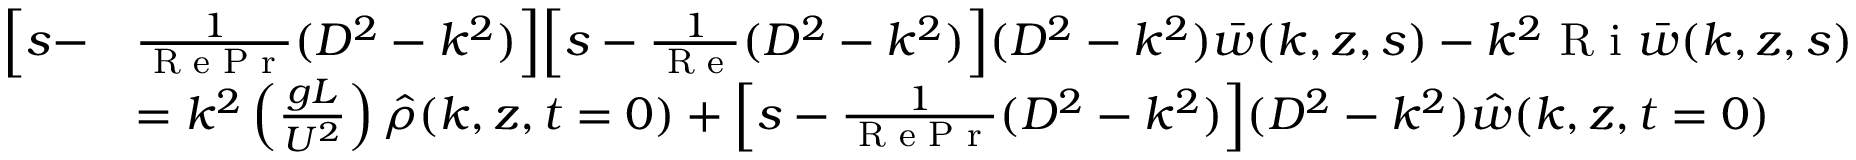
\begin{array} { r l } { \Big [ s - } & { \frac { 1 } { \textrm { R e P r } } ( D ^ { 2 } - k ^ { 2 } ) \Big ] \Big [ s - \frac { 1 } { \textrm { R e } } ( D ^ { 2 } - k ^ { 2 } ) \Big ] ( D ^ { 2 } - k ^ { 2 } ) \bar { w } ( k , z , s ) - k ^ { 2 } \textrm { R i } \bar { w } ( k , z , s ) } \\ & { = k ^ { 2 } \left( \frac { g L } { U ^ { 2 } } \right) \hat { \rho } ( k , z , t = 0 ) + \Big [ s - \frac { 1 } { \textrm { R e P r } } ( D ^ { 2 } - k ^ { 2 } ) \Big ] ( D ^ { 2 } - k ^ { 2 } ) \hat { w } ( k , z , t = 0 ) } \end{array}